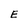
Character: E